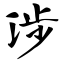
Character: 涉